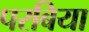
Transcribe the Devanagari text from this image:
परबिया